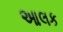
આલક